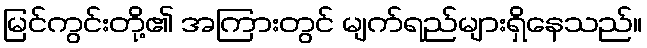
မြင်ကွင်းတို့၏ အကြားတွင် မျက်ရည်များရှိနေသည်။